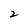
Character: 2